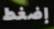
إضغط